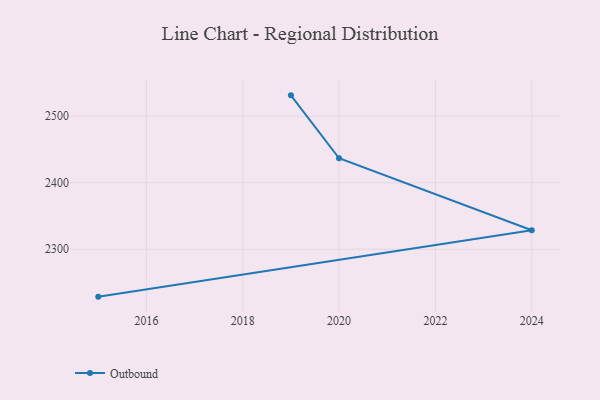
{"axis": {"x": "Year", "y": "Churn Rate (%)"}, "legend": ["Outbound"], "data": [{"x": "2019", "y": 2531.3, "type": "Outbound"}, {"x": "2020", "y": 2436.8, "type": "Outbound"}, {"x": "2024", "y": 2328.5, "type": "Outbound"}, {"x": "2015", "y": 2228.8, "type": "Outbound"}]}